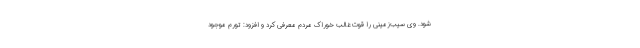
شود. وی سیب‌زمینی را قوت غالب خوراک مردم معرفی کرد و افزود: تورم موجود